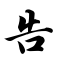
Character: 告